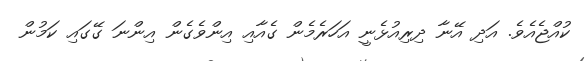
ކުއްޖެއެވެ. އަދި އޭނާ ދިރިއުޅެނީ އަހަރެމެން ގެއާއި އިންވެގެން އިންނަ ގޭގައި ކަމުން